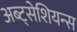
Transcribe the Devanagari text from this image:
अब्ट्सेशियन्स